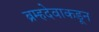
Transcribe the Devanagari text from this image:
ब्रम्हदेवाकडून